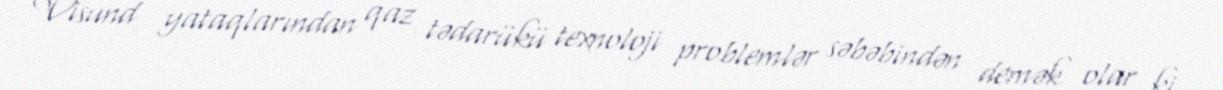
Visund yataqlarından qaz tədarükü texnoloji problemlər səbəbindən demək olar ki,